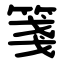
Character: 箋